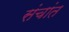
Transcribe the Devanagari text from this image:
संचांत